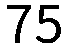
75